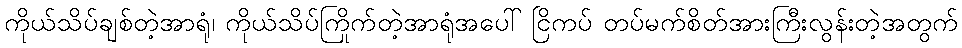
ကိုယ်သိပ်ချစ်တဲ့အာရုံ၊ ကိုယ်သိပ်ကြိုက်တဲ့အာရုံအပေါ် ငြိကပ် တပ်မက်စိတ်အားကြီးလွန်းတဲ့အတွက်